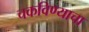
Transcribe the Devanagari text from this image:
चकविण्याचा